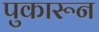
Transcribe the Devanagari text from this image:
पुकारून